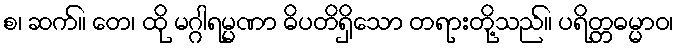
စ၊ ဆက်။ တေ၊ ထို မဂ္ဂါရမ္မဏာ ဓိပတိရှိသော တရားတို့သည်။ ပရိတ္တဓမ္မာဝ၊